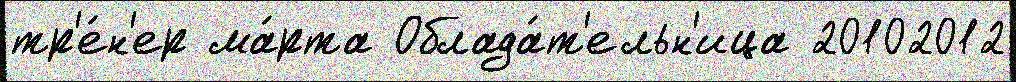
тр'е́н'ер ма́рта Облада́т'ельн'ица 20102012